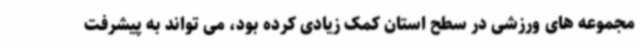
مجموعه های ورزشی در سطح استان کمک زیادی کرده بود، می تواند به پیشرفت